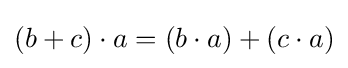
(b+c)\cdot a=(b\cdot a)+(c\cdot a)